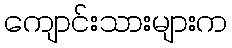
ကျောင်းသားများက